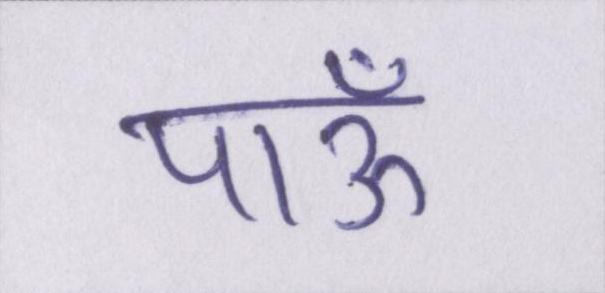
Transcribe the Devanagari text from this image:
पाऊँ